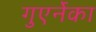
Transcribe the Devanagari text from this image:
गुएर्नेका